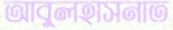
আবুলহাসনাত